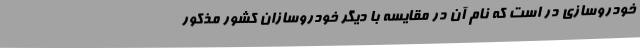
خودروسازی در است که نام آن در مقایسه با دیگر خودروسازان کشور مذکور